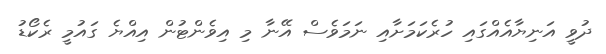
ދުވީ އަނިޔާއެއްގައި ހުރެކަމަށާއި ނަމަވެސް އޭނާ މި އިވެންޓުން އިއްޔެ ގައުމީ ރެކޯޑު